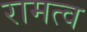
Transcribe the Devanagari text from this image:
रामत्व